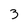
Character: 3